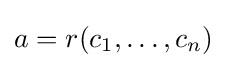
a=r(c_{1},\ldots ,c_{n})